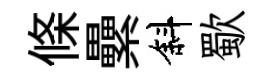
條纍斜歜